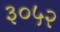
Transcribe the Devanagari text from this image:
३०५२